Annual statistical returns and brief notes on vaccination in Bengal - 1896-1909
Year: 1896
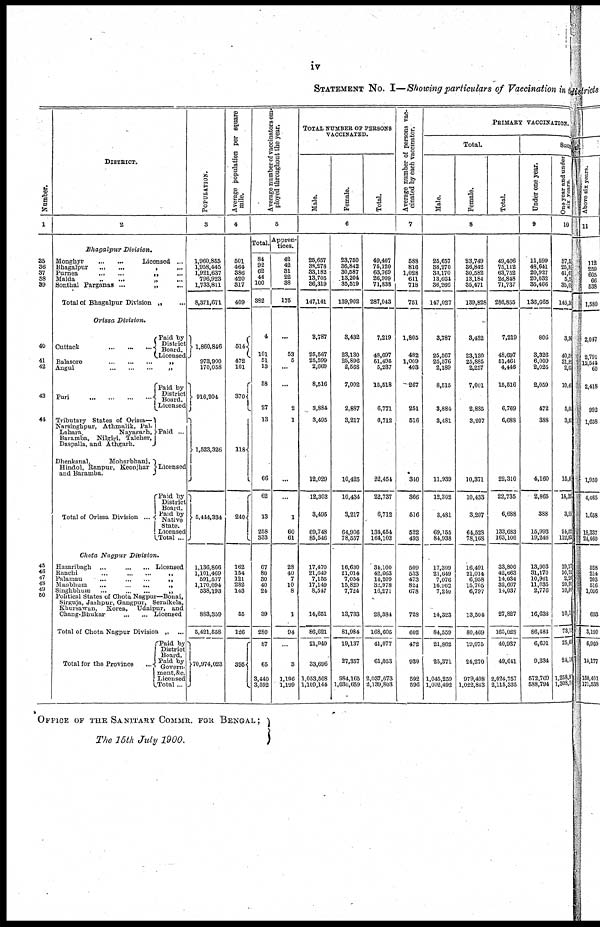
iv
STATEMENT NO. I—Showing particulars of Vaccination the
Number.
1
35
36
37
38
39
40
41
42
43
44
45
48
47
48
49
50
DISTRICT.
2
Bhagalpur
Division.
Monghyr... ...
Licensed.
Bhagalpur...
...
Purnea...
...
Malda... ...
Sonthal
Parganas...
...
Total of Bhagalpur Division „ ...
Orissa Division.
Cuttack...
...
...
Paid by
District
Board
Licensed
Balasore...
...
...
Angul...
...
...
Puri...
...
...
Tributary States of Orissa—
Narsinghpur, Athmalik, Pal-
Lahara,
Nayagarh,
Baramba, Nilgiri, Talcher,
Daspalla, and Athgarh.
Dhonkanal,
Moharbhanj,
Hindol, Ranpur, Keonjhar
and Baramba.
Total of Orissa
Division...
Paid by
District
Board.
Licensed
Paid ...
Licensed
Paid by
District
Board.
Paid by
Native
State.
Licensed
Total ...
Chota Nagpur
Division.
Hazaribagh...
...
... Licensed
Ranchi...
...
...
„
Palman... ... ...
Manbhum...
...
...
„
Singhbhum...
...
...
„
Political States of Chota Nagpur—Bonai,
Sirguja, Jashpur, Gangpur, Seraikela,
Khursawan, Korea, Udaipur, and
Chang-Bhukar
...
...
...
Licensed.
Total of Chota Nagpur Division „ ...
Total for the province...
Paid by
District
Board.
Paid by
Govern-
ment, &c.
Licensed
Total...
POPULATION.
3
1,960,855
1,958,445
1,921,637
796,923
1,733,811
8,371,671
1,860,846
973,900
170,058
916,204
1,523,326
5,444,334
1,136,866
1,101,469
591,577
1,170,094
538,193
883,359
5,421,558
70,974,023
Average population per square
mile.
4
501
464
386
420
317
409
514
472
101
370
118
240
162
154
121
282
143
55
126
895
Average number of vaccinators em-
ployed throughout the year.
5
Total.
84
92
62
44
100
382
4
101
51
13
58
27
13
66
62
13
258
333
67
80
30
40
24
39
280
87
65
3,440
3,592
Appren-
tices.
42
42
31
22
38
175
...
53
5
...
...
2
1
...
...
1
60
61
28
40
7
10
8
1
94
...
3
1,196
1,199
TOTAL NUMBER OF PERSONS
VACCINATED.
Male.
Female.
Total.
6
25,657
38,278
33,182
13,705
36,319
147,141
...
25,567 25,599 2,669
8,516
3,884
3,495
12,029
12,303
3,495
69,748
85,546
17,470
21,649
7,155
17,149
8,547
14,651
86,621
21,940
33,696
1,053,508
1,109,144
23,750
36,842
30,587
13,204
35,519
139,902
3,432
23,130
25,896
2,568
7,002
2,887
3,217
10,425
10,434
3,217
64,906
78,557
16,630
21,014
7,054
15,829
7,724
13,733
81,984
19,137
27,357
984,165
1,030,659
49,407
75,120
63,769
26,909
71,838
287,043
7,219
48,697
51,495
5,237
15,518
6,771
6,712
22,454
22,737
6,712
134,654
164,103
34,100 42,633 14,209 32,978 16,271
28,384
168,605
41,077
61,053
2,037,673
2,139,803
Average number of persons vac-
cinated by each vaccinator.
7
588
816
1,028
611
718
751
1,805
482
1,009
403
267
251
516
340
366
516
522
493
509
533
473
824
678
728
602
472
939
592
596
PRIMARY VACCINATION.
Total.
Male.
Female.
Total.
8
25,657
38,270 38,170 13,664 36,266 147, 027
3,787
25,567
25,576
2,189
8,515
3,884
3,481
11,939
12,302
3,481
69,155
84,938
17,309
21,649
7,076
16,962
7,240
14,323
84,559
21,862
25,371
1,045,259
1,092,492
23,749
36,842
30,582
13,184
35,471
139,828
3,432
23,130
25,885
2,257
7,001
2,885
3,207
10,371
10,433
3,207
64,528
78,168
16,491
21,014
6,958
15,705
6,797
13,504
80,469
19,075
24,270
979,498
1,022,843
49,406
75,112
63,752
26,848
71,737
286,855
7,219
48,697
51,461
4,446
15,516
6,769
6,688
22,310
22,735
6,688
133,683
163,106
33,800 42,663 14,034 32,667 14,037
27,827
165,028
40,937
49,641
2,024,757
2,115,335
Suc
Under one year.
9
11,599
48,641
20,927
20,032
35,466
136,665
806
3,326
6,009
2,026
2,059
472
388
4,160
2,865
388
15,993
19,246
13,903
31,170
10,961
11,035
2,776
16,638
86,483
6,601
9,334
572,769
588,794
One year and under
six years.
10
37,5
25,8
41,6
5,2
35,09
145,3
3,9
40,5
31,8
2,07
10,4
5,04
3,9
15,0
14,3
3,9
94,5
112,8
19,1
10,7
2,2
20,9
10,0
10,1
73,1
25,6
24,1
1,258,9
l,308,7
OFFICE OF THE SANITARY COMMR. FOR BENGAL;
The 15th July 1900.